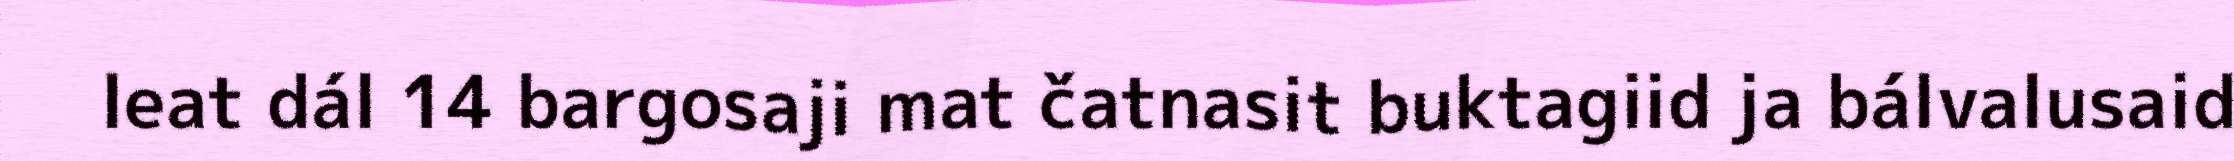
leat dál 14 bargosaji mat čatnasit buktagiid ja bálvalusaid